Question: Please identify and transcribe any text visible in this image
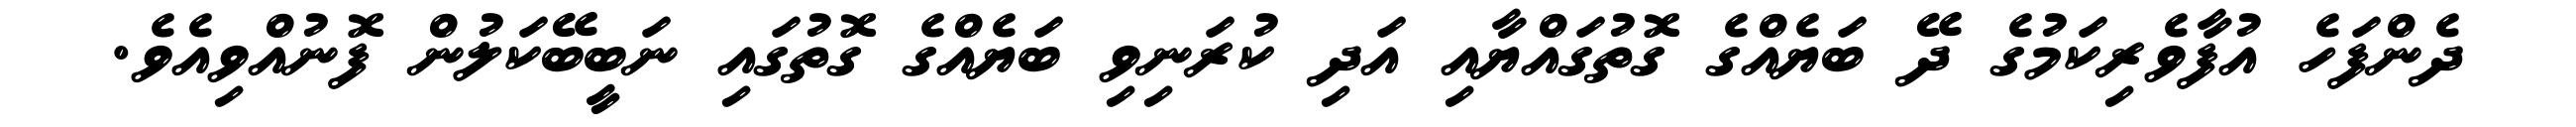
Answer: ދެންފަހެ އުފާވެރިކަމުގެ ދޭ ބަޔެއްގެ ގޮތުގައްޔާއި އަދި ކުރަނިވި ބަޔެއްގެ ގޮތުގައި ނަބީބޭކަލުން ފޮނުއްވިއެވެ.